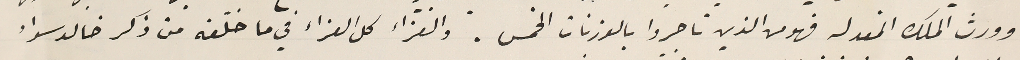
وورث الملك المعد له فهو من الذين تاجروا بالوزنات الخمس. والعزاء كل العزاء في ما خلّفه من ذكر خالد سواء